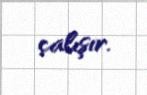
çalışır.